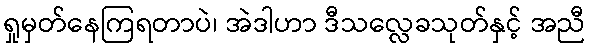
ရှုမှတ်နေကြရတာပဲ၊ အဲဒါဟာ ဒီသလ္လေခသုတ်နှင့် အညီ